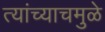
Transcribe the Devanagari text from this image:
त्यांच्याचमुळे